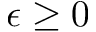
\epsilon \geq 0